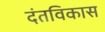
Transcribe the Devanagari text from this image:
दंतविकास